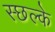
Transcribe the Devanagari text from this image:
स्छल्के